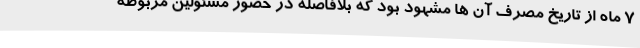
7 ماه از تاریخ مصرف آن ها مشهود بود که بلافاصله در حضور مسئولین مربوطه